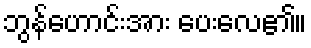
ဘွန်ဟောင်းအား ပေးလေ၏။